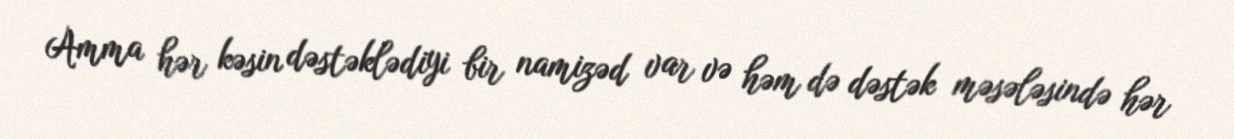
Amma hər kəsin dəstəklədiyi bir namizəd var və həm də dəstək məsələsində hər